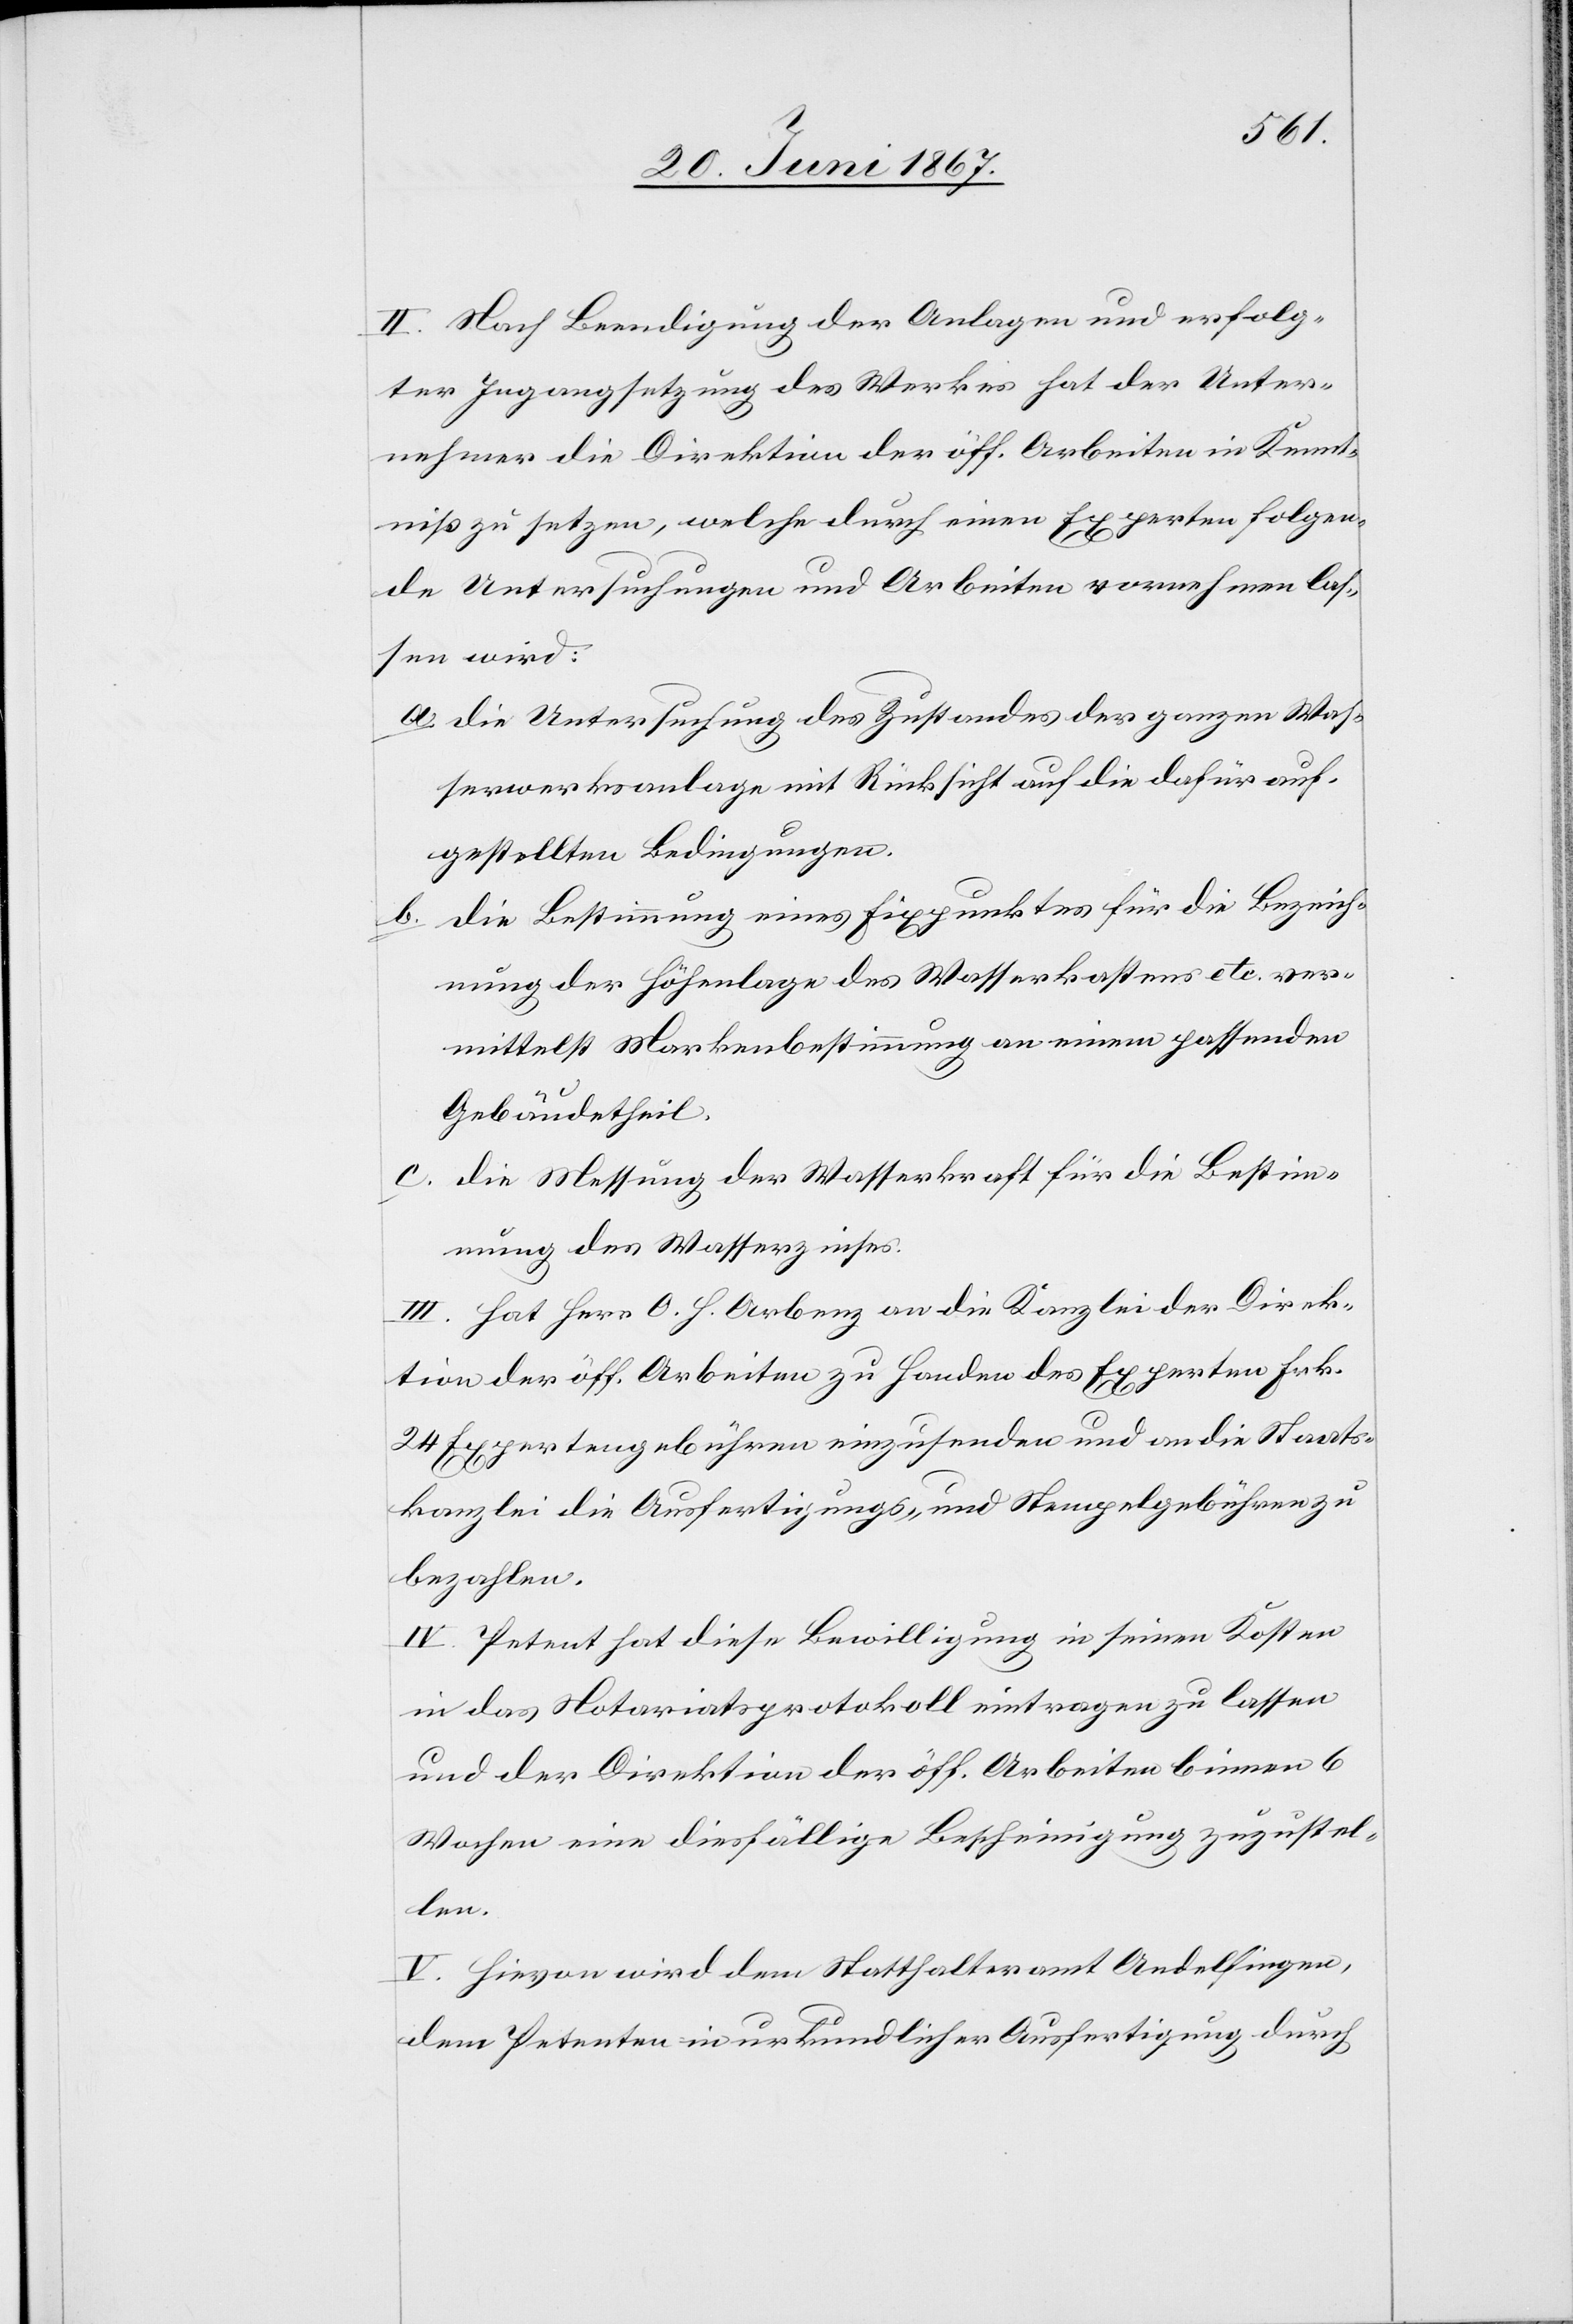
II. Nach Beendigung der Anlagen und erfolg¬
ter Ingangsetzung des Werkes hat der Unter¬
nehmer die Direktion der öff. Arbeiten in Kennt¬
niß zu setzen, welche durch einen Experten folgen¬
de Untersuchungen und Arbeiten vornehmen las¬
sen wird:
a. die Untersuchung des Zustandes der ganzen Was¬
serwerksanlage mit Rücksicht auf die dafür auf¬
gestellten Bedingungen.
die Bestimmung eines Fixpunktes für die Bezeich¬
b.
nung der Höhenlage des Wasserkastens etc. ver¬
mittelst Markenbestimmung an einem passenden
Gebäudetheil.
die Messung der Wasserkraft für die Bestim¬
mung des Wasserzinses.
III. Hat Herr O. H. Arbenz an die Kanzlei der Direk¬
tion der öff. Arbeiten zu Handen des Experten Frk.
24 Expertengebühren einzusenden und an die Staats¬
kanzlei die Ausfertigungs- und Stempelgebühren zu
bezahlen.
IV. Petent hat diese Bewilligung in seinen Kosten
in das Notariatsprotokoll eintragen zu lassen
und der Direktion der öff. Arbeiten binnen 6
Wochen eine diesfällige Bescheinigung zuzustel¬
len.
V. Hievon wird dem Statthalteramte Andelfingen,
dem Petenten in urkundlicher Ausfertigung durch